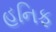
હનિફ